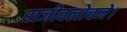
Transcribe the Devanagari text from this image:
राजीवलोचने।